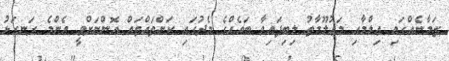
ޒަމާނެއްގައި ޢިލްމާއި މަޢުލޫމާތު ލިބިފައިވާ ބައެއްގެ މެދުގައި ކަންތައްތައް އޮންނަށްވީ އެންމެ ރަނގަޅު